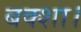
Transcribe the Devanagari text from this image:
बक्शा।